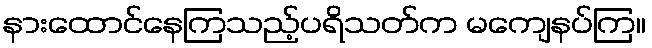
နားထောင်နေကြသည့်ပရိသတ်က မကျေနပ်ကြ။